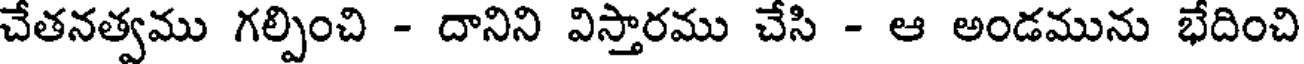
చేతనత్వము గల్పించి - దానిని విస్తారము చేసి - ఆ అండమును భేదించి